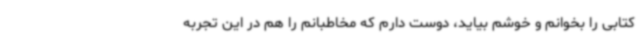
کتابی را بخوانم و خوشم بیاید، دوست دارم که مخاطبانم را هم در این تجربه